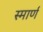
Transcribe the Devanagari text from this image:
स्मार्ण